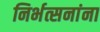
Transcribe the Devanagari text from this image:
निर्भत्सनांना